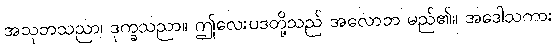
အသုဘသညာ၊ ဒုက္ခသညာ။ ဤလေးပဒတို့သည် အလောဘ မည်၏။ အဒေါသကား